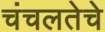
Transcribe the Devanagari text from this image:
चंचलतेचे